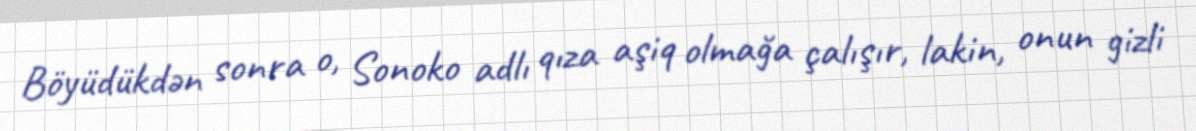
Böyüdükdən sonra o, Sonoko adlı qıza aşiq olmağa çalışır, lakin, onun gizli